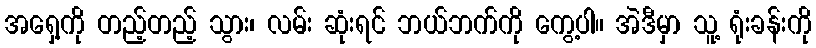
အရှေ့ကို တည့်တည့် သွား၊ လမ်း ဆုံးရင် ဘယ်ဘက်ကို ကွေ့ပါ။ အဲဒီမှာ သူ့ ရုံးခန်းကို